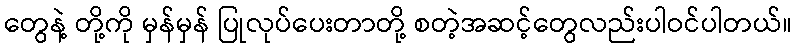
တွေနဲ့ တို့ကို မှန်မှန် ပြုလုပ်ပေးတာတို့ စတဲ့အဆင့်တွေလည်းပါဝင်ပါတယ်။